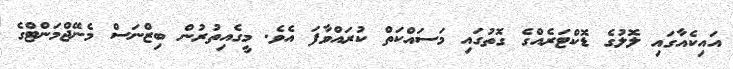
އައިކެއާގައި ލޮލުގެ ޑޮކްޓަރެއްގެ ގޮތުގައި މަސައްކަތް ކުރައްވާފަ އެވެ. މީގެއިތުރުން ބިޒްނަސް މެނޭޖްމަންޓްގެ